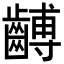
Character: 𪙍